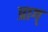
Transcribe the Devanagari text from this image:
प्राग्